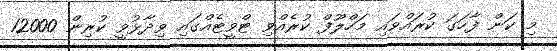
މި ކަން ފާހަގަ ކުރައްވައި މަހްލޫފް ކުރެއްވި ޓްވީޓެއްގައި ވިދާޅުވީ ކުރިން 12000